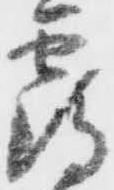
鶴